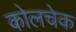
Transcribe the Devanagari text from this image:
कोलचेक